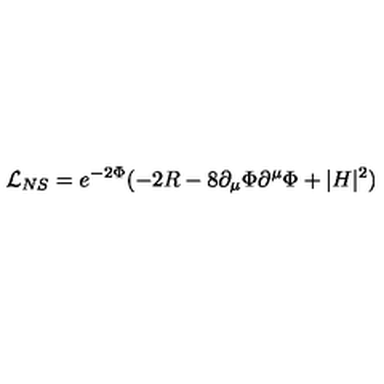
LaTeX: \mathcal { L } _ { N S } = e ^ { - 2 \Phi } ( - 2 R - 8 \partial _ { \mu } \Phi \partial ^ { \mu } \Phi + | H | ^ { 2 } )